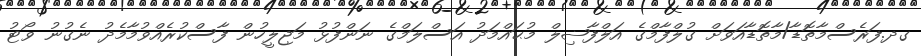
ގދ.ފަރެސްމާތޮޑާ/މާތޮޑާއަވަށް ގުލްފާމްގެ އަލްފާޟިލް މުޙައްމަދު އަސްލަމްގެ ނަންފުޅު މަޖިލީހުން ފާސްކުރެއްވުމާމެދު ނެގުނު ވޯޓު